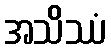
အသိဿံ